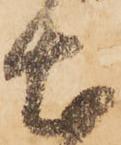
土